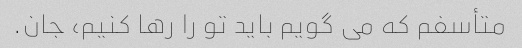
متأسفم که می گویم باید تو را رها کنیم، جان.